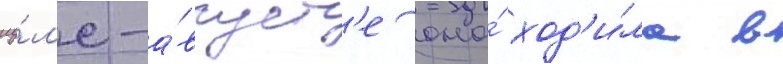
иу́л'е-а́вгуст'е она́ ход'и́ла в